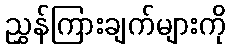
ညွှန်ကြားချက်များကို